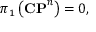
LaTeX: \pi _ { 1 } \left( { \bf C P } ^ { n } \right) = 0 ,